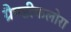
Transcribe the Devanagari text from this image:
ग्रैण्डीफलोरा